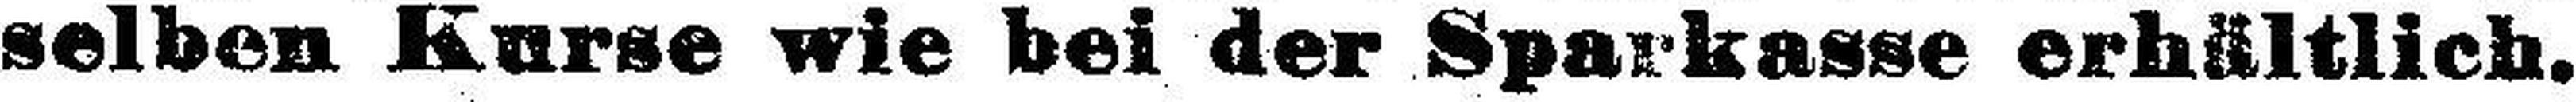
selben Kurse wie bei der Sparkasse erhältlich.